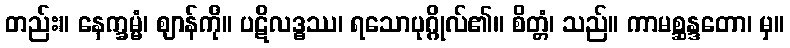
တည်း။ နေက္ခမ္မံ၊ ဈာန်ကို။ ပဋိလဒ္ဓဿ၊ ရသောပုဂ္ဂိုလ်၏။ စိတ္တံ၊ သည်။ ကာမစ္ဆန္ဒတော၊ မှ။